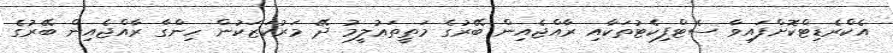
އެކްރެޑިޓްކޮށްފައިވާ ސެޓްފިކެޓުތަކާއި ރާއްޖެއިން ބޭރުގެ މަތީތަޢުލީމު ދޭ މަރުކަޒަކުން ހިންގާ ރާއްޖެއިން ބޭރުގެ